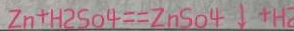
2 n + H 2 S O 4 = 2 n S 0 4 \downarrow + H 2